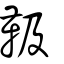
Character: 靸